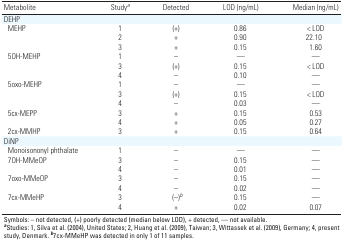
<table><thead><tr><td><b>Metabolite</b></td><td><b>Studya</b></td><td><b>Detected</b></td><td><b>LOD (ng/mL)</b></td><td><b>Median (ng/mL)</b></td></tr></thead><tbody><tr><td>DEHP</td><td></td><td></td><td></td><td></td><td></td><td></td><td></td><td></td></tr><tr><td>MEHP</td><td></td><td>1</td><td></td><td>(+)</td><td></td><td>0.86</td><td></td><td>&lt; LOD</td></tr><tr><td></td><td></td><td>2</td><td></td><td>+</td><td></td><td>0.90</td><td></td><td>22.10</td></tr><tr><td></td><td></td><td>3</td><td></td><td>+</td><td></td><td>0.15</td><td></td><td>1.60</td></tr><tr><td>5OH-MEHP</td><td></td><td>1</td><td></td><td>–</td><td></td><td>—</td><td></td><td>—</td></tr><tr><td></td><td></td><td>3</td><td></td><td>(+)</td><td></td><td>0.15</td><td></td><td>&lt; LOD</td></tr><tr><td></td><td></td><td>4</td><td></td><td>–</td><td></td><td>0.10</td><td></td><td>—</td></tr><tr><td>5oxo-MEHP</td><td></td><td>1</td><td></td><td>–</td><td></td><td>—</td><td></td><td>—</td></tr><tr><td></td><td></td><td>3</td><td></td><td>(+)</td><td></td><td>0.15</td><td></td><td>&lt; LOD</td></tr><tr><td></td><td></td><td>4</td><td></td><td>–</td><td></td><td>0.03</td><td></td><td>—</td></tr><tr><td>5cx-MEPP</td><td></td><td>3</td><td></td><td>+</td><td></td><td>0.15</td><td></td><td>0.53</td></tr><tr><td></td><td></td><td>4</td><td></td><td>+</td><td></td><td>0.05</td><td></td><td>0.27</td></tr><tr><td>2cx-MMHP</td><td></td><td>3</td><td></td><td>+</td><td></td><td>0.15</td><td></td><td>0.64</td></tr><tr><td>DiNP</td><td></td><td></td><td></td><td></td><td></td><td></td><td></td><td></td></tr><tr><td>Monoisononyl phthalate</td><td></td><td>1</td><td></td><td>–</td><td></td><td>—</td><td></td><td>—</td></tr><tr><td>7OH-MMeOP</td><td></td><td>3</td><td></td><td>–</td><td></td><td>0.15</td><td></td><td>—</td></tr><tr><td></td><td></td><td>4</td><td></td><td>–</td><td></td><td>0.01</td><td></td><td>—</td></tr><tr><td>7oxo-MMeOP</td><td></td><td>3</td><td></td><td>–</td><td></td><td>0.15</td><td></td><td>—</td></tr><tr><td></td><td></td><td>4</td><td></td><td>–</td><td></td><td>0.02</td><td></td><td>—</td></tr><tr><td>7cx-MMeHP</td><td></td><td>3</td><td></td><td> (–)b</td><td></td><td>0.15</td><td></td><td>—</td></tr><tr><td></td><td></td><td>4</td><td></td><td>+</td><td></td><td>0.02</td><td></td><td>0.07</td></tr><tr><td colspan="9">Symbols: – not detected, (+) poorly detected (median belowLOD), + detected, — not available. aStudies: 1, Silva et al. (2004),United States; 2, Huang et al. (2009), Taiwan; 3, Wittassek et al.(2009), Germany; 4, present study, Denmark. b7cx-MMeHP was detected inonly 1 of 11 samples.</td></tr></tbody></table>